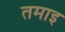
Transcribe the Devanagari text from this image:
तमाइ